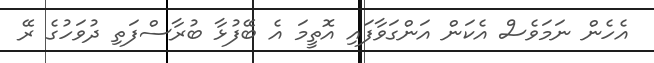
އެހެން ނަމަވެސް އެކަން އަންގަވާފައި އޮތީމަ އެ ބޭފުޅާ ބުރާސްފަތި ދުވަހުގެ ރޭ